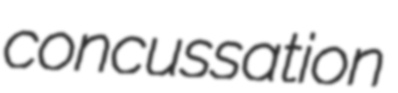
concussation